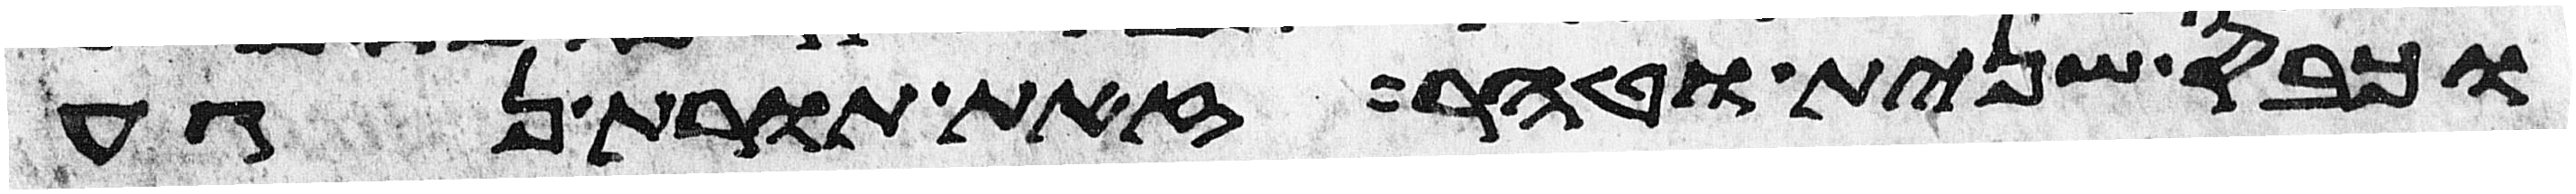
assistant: וכבס שנית וטהר זאת תורת נגע